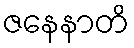
ဇနေနာတိ